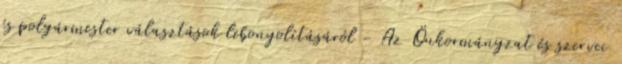
és polgármester választások lebonyolításáról - Az Önkormányzat és szervei